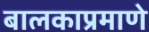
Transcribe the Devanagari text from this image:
बालकाप्रमाणे